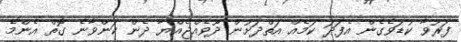
ފަރުވާ ކުޑަވެގެން އެފަދަ ކަމެއް އަތްދަށުން ދޫވެއްޖެއްޔާ ދެން ކަންވާނެ ގޮތް އެންމެ